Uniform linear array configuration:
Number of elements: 16
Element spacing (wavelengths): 0.75
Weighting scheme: binomial
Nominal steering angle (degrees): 60
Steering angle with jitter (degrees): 60.455
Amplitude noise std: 0.05
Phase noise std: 0.05

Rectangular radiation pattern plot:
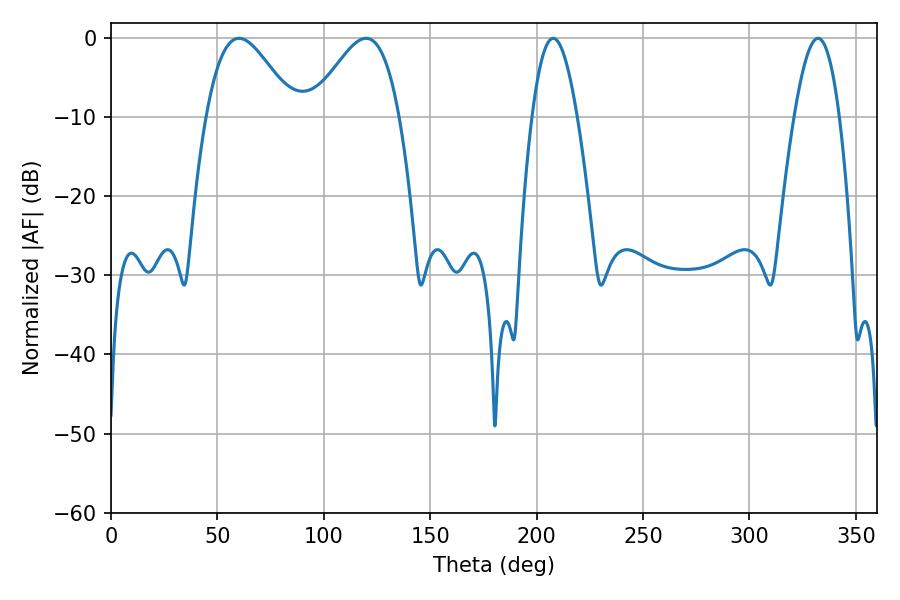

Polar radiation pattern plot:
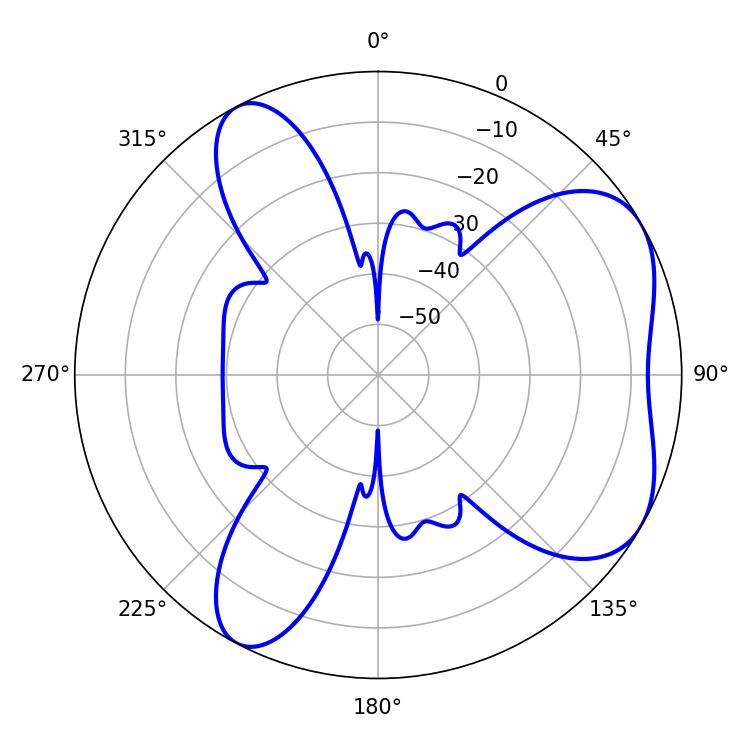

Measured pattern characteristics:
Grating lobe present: TRUE
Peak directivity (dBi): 5.514
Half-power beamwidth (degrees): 21.96
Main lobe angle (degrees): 60.12